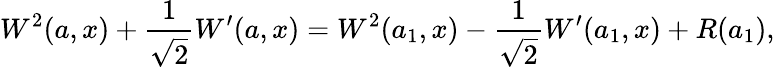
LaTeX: W^{2}(a,x)+\frac{1}{\sqrt{2}}W^{\prime}(a,x)=W^{2}(a_{1},x)-\frac{1}{\sqrt{2}}W^{\prime}(a_{1},x)+R(a_{1}),